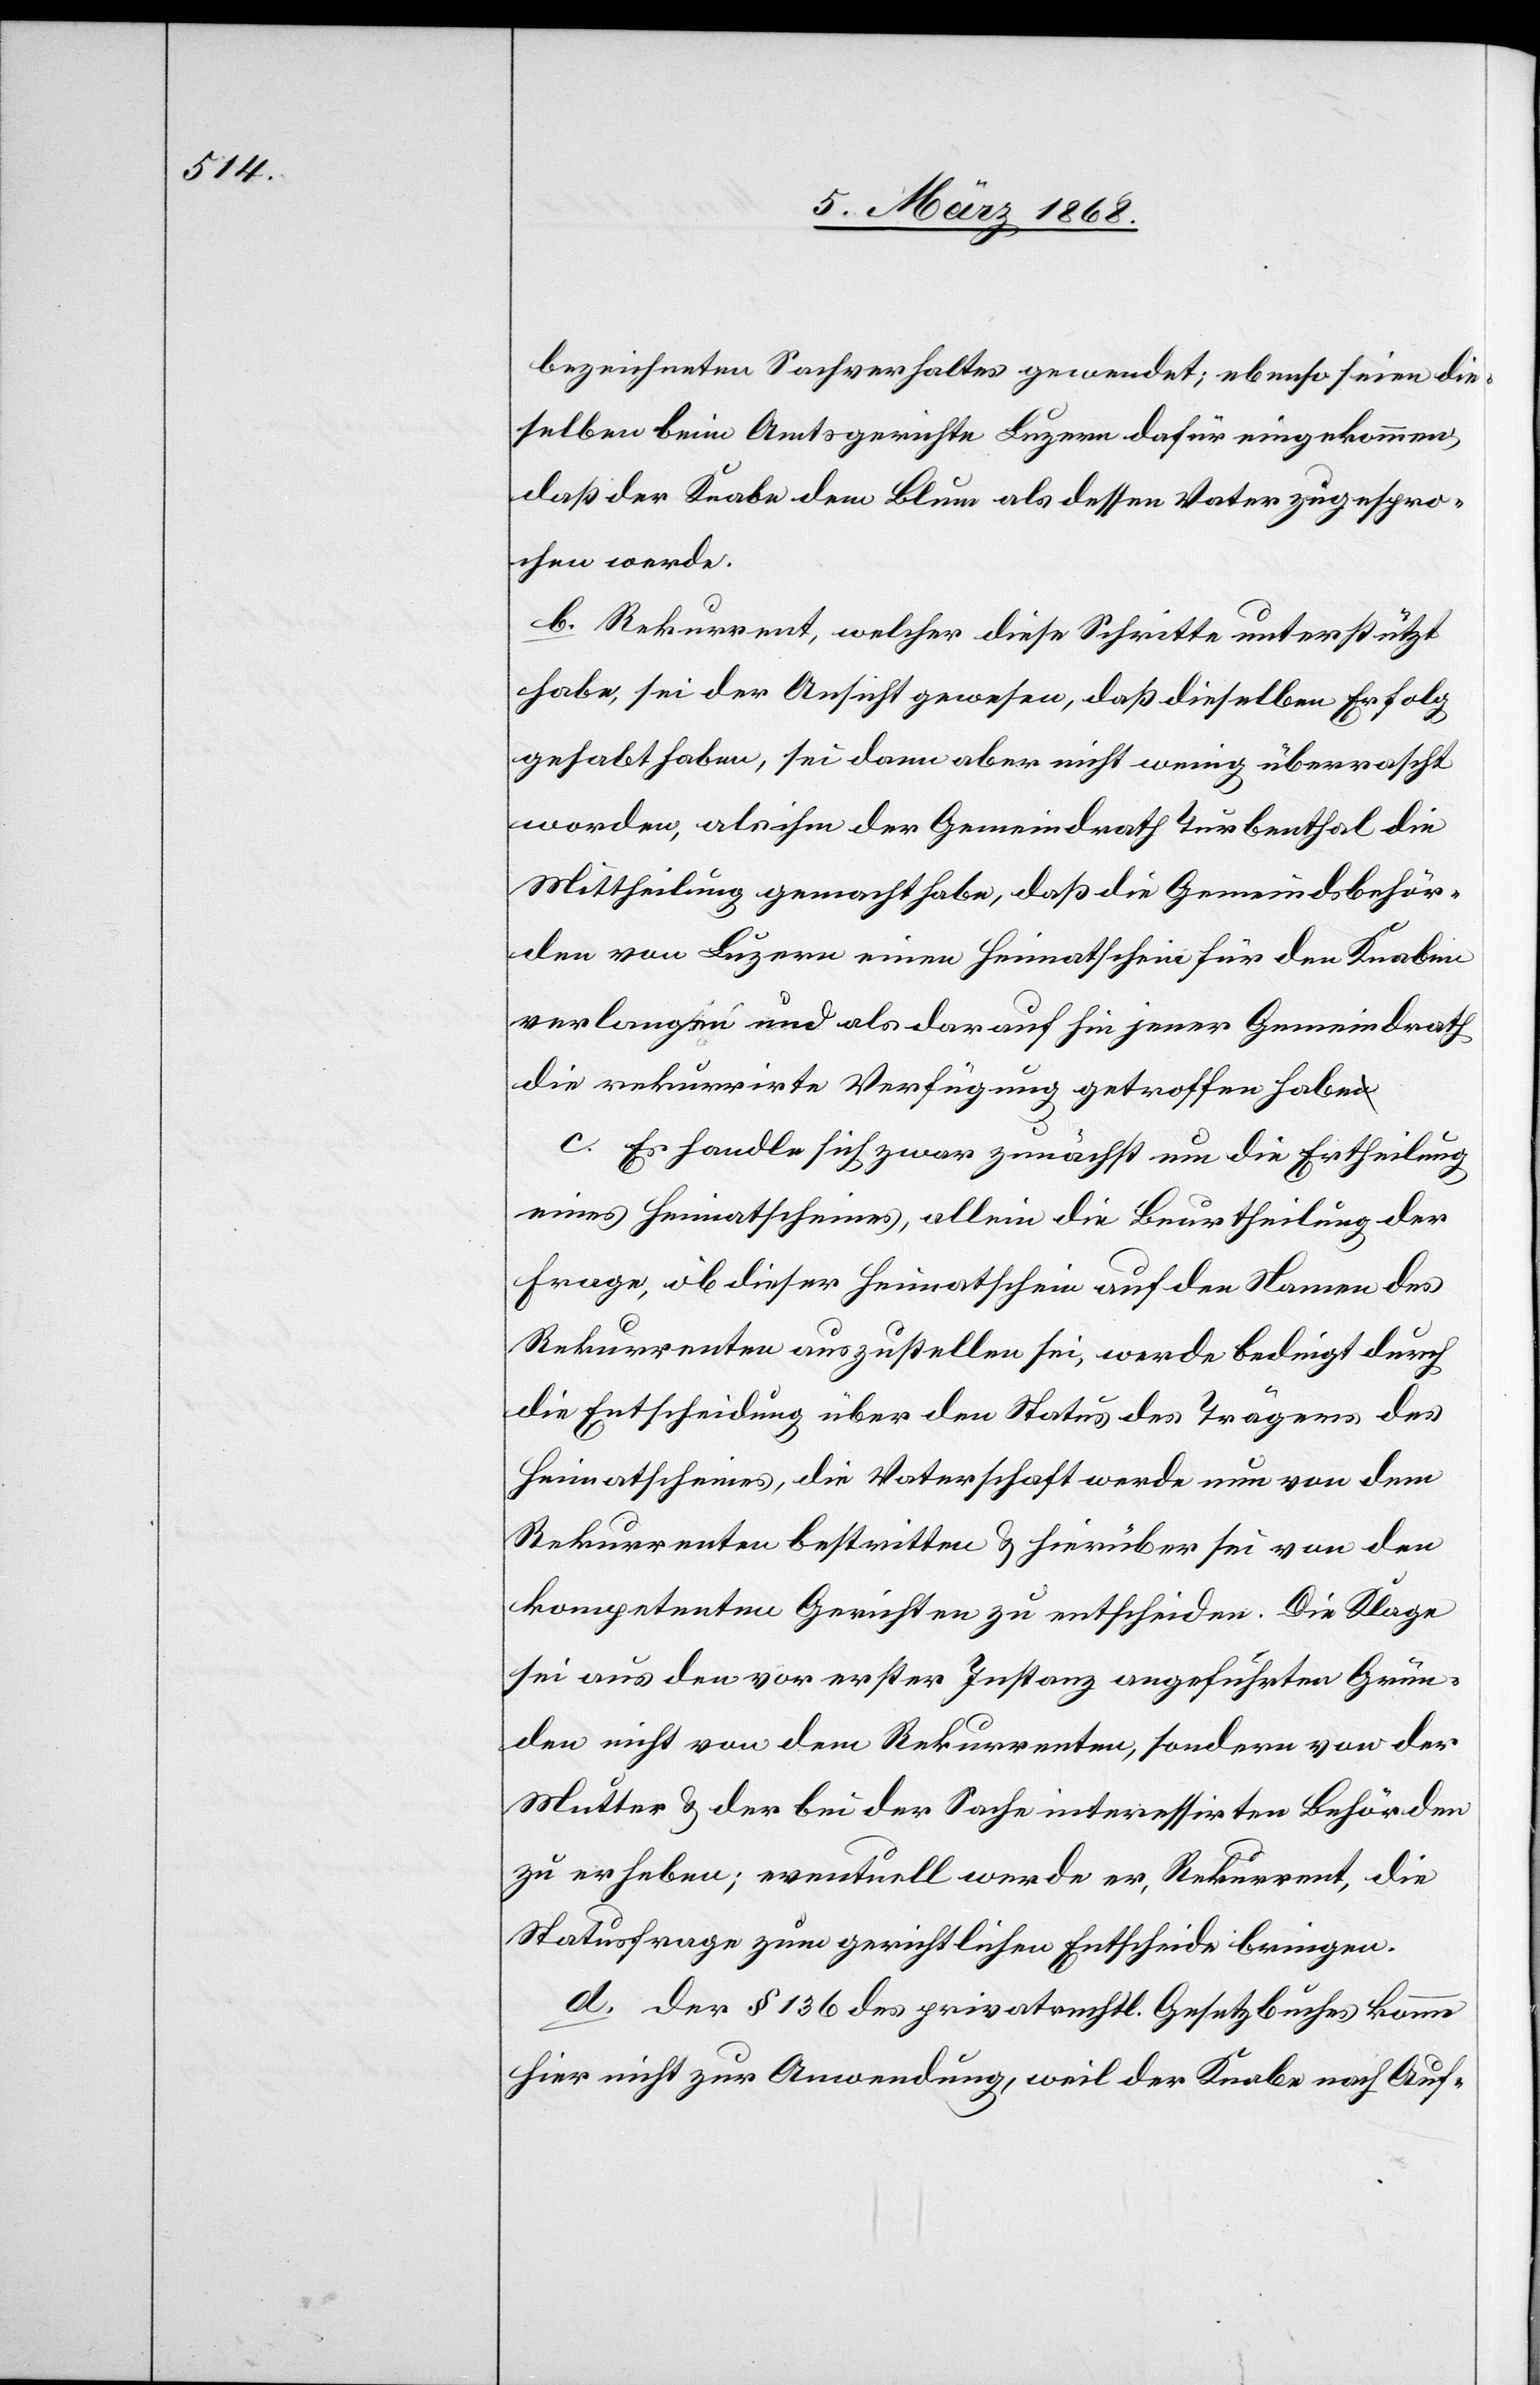
bezeichneten Sachverhaltes gewendet; ebenso seien die¬
selben beim Amtsgerichte Luzern dafür eingekommen,
daß der Knabe dem Blum als dessen Vater zugespro¬
chen werde.
b. Rekurrent, welcher diese Schritte unterstützt
habe, sei der Ansicht gewesen, daß dieselben Erfolg
gehabt haben, sei dann aber nicht wenig überrascht
worden, als ihm der Gemeindrath Turbenthal die
Mittheilung gemacht habe, daß die Gemeindsbehör¬
den von Luzern einen Heimatschein für den Knaben
verlangen und als darauf hin jener Gemeindrath
die rekurrirte Verfügung getroffen habe
c. Es handle sich zwar zunächst um die Ertheilung
eines Heimatscheines, allein die Beurtheilung der
Frage, ob dieser Heimatschein auf den Namen des
Rekurrenten auszustellen sei, werde bedingt durch
die Entscheidung über den Status des Trägers des
Heimatscheines, die Vaterschaft werde nun von dem
Rekurrenten bestritten & hierüber sei von den
kompetenten Gerichten zu entscheiden. Die Klage
sei aus den vor erster Instanz angeführten Grün¬
den nicht von dem Rekurrenten, sondern von der
Mutter & der [sic!] bei der Sache interessirten Behörden
zu erheben; eventuell werde er, Rekurrent, die
Statusfrage zum gerichtlichen Entscheide bringen.
d. Der § 136 des privatrechtl. Gesetzbuches komme
hier nicht zur Anwendung, weil der Knabe nach Auf-